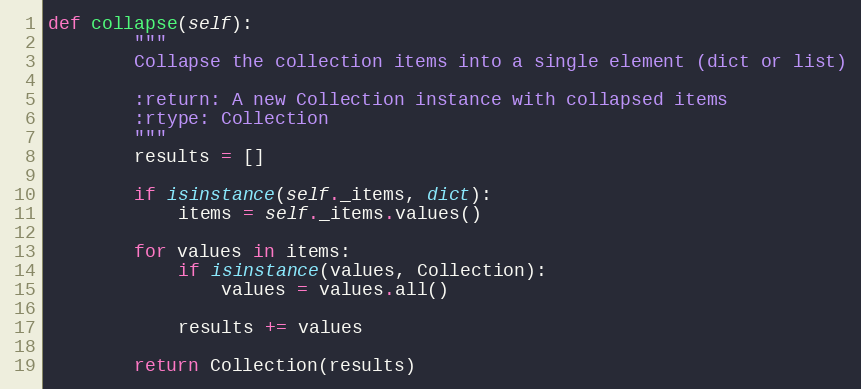
Language: Python
def collapse(self):
        """
        Collapse the collection items into a single element (dict or list)

        :return: A new Collection instance with collapsed items
        :rtype: Collection
        """
        results = []

        if isinstance(self._items, dict):
            items = self._items.values()

        for values in items:
            if isinstance(values, Collection):
                values = values.all()

            results += values

        return Collection(results)